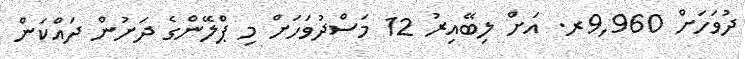
ދުވަހަށް 9